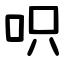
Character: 呮